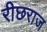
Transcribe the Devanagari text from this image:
रीछराज